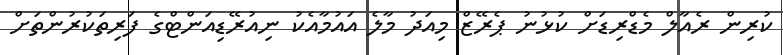
ކުރިން ރެއާލް މެޑްރިޑަށް ކުޅުނު ޕެރޭޒް މިއަދު މާލެ އައުމާއެކު ނިއުރޭޑިއަންޓްގެ ފަރިތަކުރުންތަށް